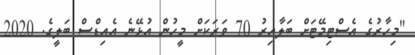
"މިހާރުގެ އެސްޓިމޭޓަށް ބަލާއިރު 70 ވަރަކަށް މީހުން އުޅޭނެ އެއިޑްސް ބަލީގެ. 2020